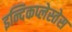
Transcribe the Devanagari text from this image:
इन्दिकप्लेस्तेस